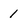
Character: 1